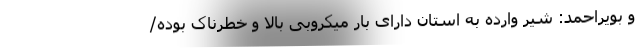
و بویراحمد: شیر وارده به استان دارای بار میکروبی بالا و خطرناک بوده/